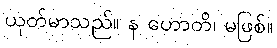
ယုတ်မာသည်။ န ဟောတိ၊ မဖြစ်။